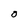
Character: O